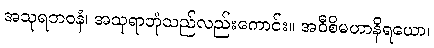
အသုရဘဝနံ၊ အသုရာဘုံသည်လည်းကောင်း။ အဝီစိမဟာနိရယော၊